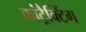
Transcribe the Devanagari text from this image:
कांट्रैक्टिंग